Reports on military cantonments and civil stations in the Presidency of Bombay inspected by the Sanitary Commissioner in the years 1875 and 1876
Year: 1875
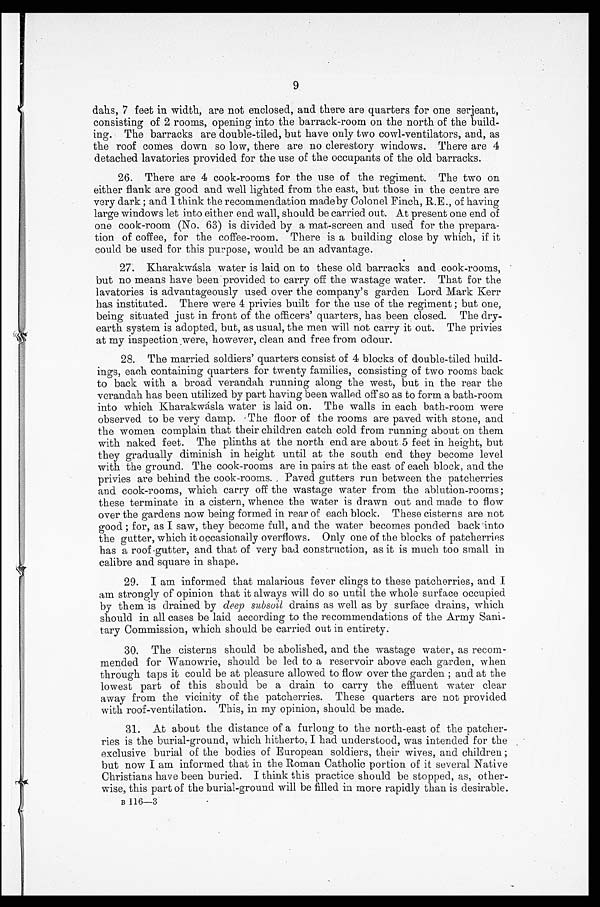
9
dahs, '7 feet in width, are not enclosed, and there aro quarters for one serjeant,
consisting of 2 rooms, opening into the barrack-room on the north of the build-
ing. The barracks are double-tiled, but have only two cowl-ventilators, and, as
the roof comes down so low, there are no clerestory windows. There are 4
detached lavatories provided for the use of the occupants of the old barracks.
26.
There are 4 cook-rooms for the use of the regiment. The two on
either flank are good and well lighted from the east, but those in the centre are
very dark ; and 1 think the recommendation madeby Colonel Finch, R.E., of having
large windows let into either end wall, should be carried out. At present one end of
one cook-room (No. 63) is divided by a mat-screen and used for the prepara-
tion of coffee, for the coffee-room. There is a building close by which, if it
could be used for this purpose, would be an advantage.
27.
Kharakwásla water is laid on to these old barracks and cook-rooms,
but no means have been provided to carry off the wastage water. That for the
lavatories is advantageously used over the company's garden Lord Mark Kerr
has instituted. There were 4 privies built for the use of the regiment ; but one,
being situated just in front of the officers' quarters, has been. closed. The dry-
earth system is adopted, but, as usual, the men will not carry it out. The privies
at my inspection were, however, clean and free from odour.
28.
The married soldiers' quarters consist of 4 blocks of double-tiled build-
ings, each containing quarters for twenty families, consisting of two rooms back
to back with a broad verandah running along the west, but in the rear the
verandah has been utilized by part having been walled off so as to form a bath-room
into which Kharakwásla water is laid on. The walls in each bath-room were
observed to be very damp. The floor of the rooms are paved with stone, and
the women complain that their children catch cold from running about on them
with naked feet. The plinths at the north end are about 5 feet in height, but
they gradually diminish in height until at the south end they become level
with the ground. The cook-rooms are in pairs at the east of each block, and the
privies are behind the cook-rooms. Paved gutters run between the patcherries
and cook-rooms, which carry off the wastage water from the ablution-rooms;
these terminate in a cistern, whence the water is drawn out and made to flow
over the gardens now being formed in rear of each block. These cisterns are not
good ; for, as I saw, they become full, and the water becomes ponded back into
the gutter, which it occasionally overflows. Only one of the blocks of patcherries
has a roof gutter, and that of very bad construction, as it is much too small in
calibre and square in shape.
29.
I am informed that malarious fever clings to these patcherries, and I
am strongly of opinion that it always will do so until the whole surface occupied
by them is drained by deep subsoil drains as well as by surface drains, which
should. in all cases be laid according to the recommendations of the Army Sani-
tary Commission, which should be carried out in entirety.
30.
The cisterns should be abolished, and the wastage water, as recom-
mended for Wanowrie, should be led to a reservoir above each garden, when
through taps it could be at pleasure allowed to flow over the garden ; and at the
lowest part of this should be a drain to carry the effluent water clear
away from the vicinity of the patcherries. These quarters are not provided
with roof-ventilation. This, in my opinion, should be made.
31.
At about the distance of a furlong to the north-east of the patcher-
ries is the burial-ground, which hitherto, I had understood, was intended for the . •
exclusive burial of the bodies of European soldiers, their wives, and children ;
but now I am informed that in the Roman Catholic portion of it several Native
Christians have been buried. I think this practice should be stopped, as, other-
wise, this part of the burial-ground will be filled in more rapidly than is desirable.
B 116-3